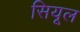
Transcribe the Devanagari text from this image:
सियूल